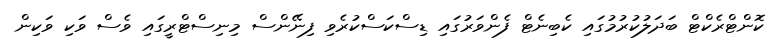
ކޮންޓްރެކްޓް ބަދަލުކުރުމުގައި ކެބިނެޓް ފެންވަރުގައި ޑިސްކަސްކުރެވި ފިނޭންސް މިނިސްޓްރީގައި ވެސް ވަކި ވަކިން